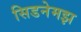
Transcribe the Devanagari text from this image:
सिडनेमझ